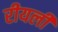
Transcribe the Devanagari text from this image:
रीयली